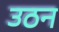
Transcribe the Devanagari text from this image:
उठन